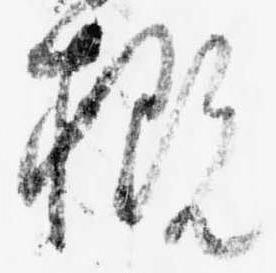
概